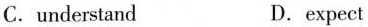
C. understand D. expect